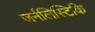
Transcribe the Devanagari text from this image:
जर्नलिस्टिकि